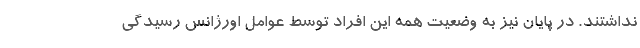
نداشتند. در پایان نیز به وضعیت همه این افراد توسط عوامل اورژانس رسیدگی